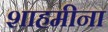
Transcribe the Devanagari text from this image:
शाहमीना